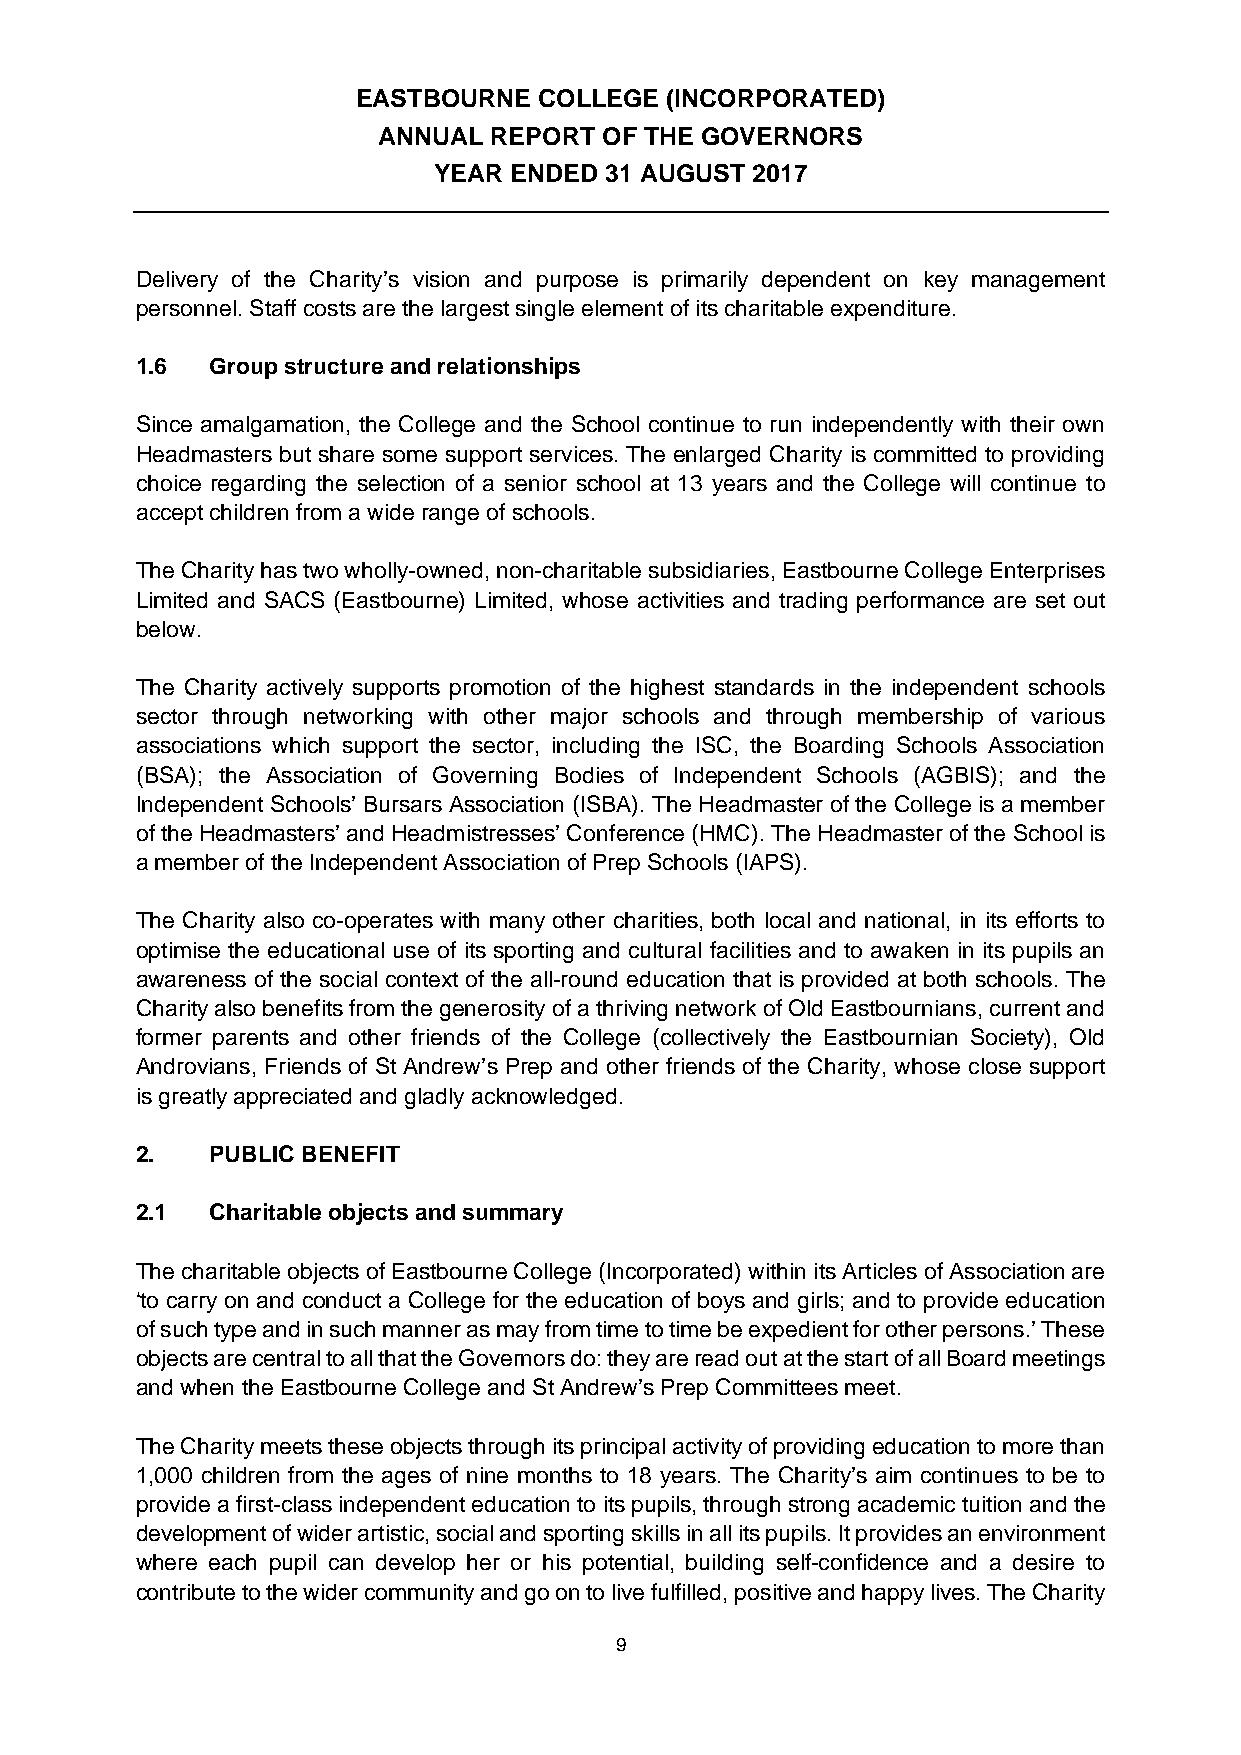
EASTBOURNE  COLLEGE (INCORPORATED)
 ANNUAL REPORT  OF THE GOVERNORS
 YEAR ENDED 31 AUGUST 2017
 Delivery of the Charity’s vision and purpose is primarily dependent on key management
 personnel. Staff costs are the largest single element of its charitable expenditure.
 1.6  Group structure and relationships
 Since amalgamation, the College and the School continue to run independently with their own
 Headmasters but share some support services. The enlarged Charity is committed to providing
 choice regarding the selection of a senior school at 13 years and the College will continue to
 accept children from a wide range of schools.
 The Charity has two wholly-owned, non-charitable subsidiaries, Eastbourne College Enterprises
 Limited and SACS (Eastbourne) Limited, whose activities and trading performance are set out
 below.
 The Charity actively supports promotion of the highest standards in the independent schools
 sector through networking with other major schools and through membership of various
 associations which support the sector, including the ISC, the Boarding Schools Association
 (BSA); the Association of Governing Bodies of Independent Schools (AGBIS); and the
 Independent Schools’ Bursars Association (ISBA). The Headmaster of the College is a member
 of the Headmasters’ and Headmistresses’ Conference (HMC). The Headmaster of the School is
 a member of the Independent Association of Prep Schools (IAPS).
 The Charity also co-operates with many other charities, both local and national, in its efforts to
 optimise the educational use of its sporting and cultural facilities and to awaken in its pupils an
 awareness of the social context of the all-round education that is provided at both schools. The
 Charity also benefits from the generosity of a thriving network of Old Eastbournians, current and
 former parents and other friends of the College (collectively the Eastbournian Society), Old
 Androvians, Friends of St Andrew’s Prep and other friends of the Charity, whose close support
 is greatly appreciated and gladly acknowledged.
 2.   PUBLIC BENEFIT
 2.1  Charitable objects and summary
 The charitable objects of Eastbourne College (Incorporated) within its Articles of Association are
 ‘to carry on and conduct a College for the education of boys and girls; and to provide education
 of such type and in such manner as may from time to time be expedient for other persons.’ These
 objects are central to all that the Governors do: they are read out at the start of all Board meetings
 and when the Eastbourne College and St Andrew’s Prep Committees meet.
 The Charity meets these objects through its principal activity of providing education to more than
 1,000 children from the ages of nine months to 18 years. The Charity’s aim continues to be to
 provide a first-class independent education to its pupils, through strong academic tuition and the
 development of wider artistic, social and sporting skills in all its pupils. It provides an environment
 where each pupil can develop her or his potential, building self-confidence and a desire to
 contribute to the wider community and go on to live fulfilled, positive and happy lives. The Charity
 9